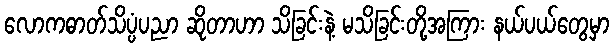
လောကဓာတ်သိပ္ပံပညာ ဆိုတာဟာ သိခြင်းနဲ့ မသိခြင်းတို့အကြား နယ်ပယ်တွေမှာ